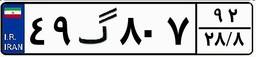
۴۹گ۸۰۷۹۲